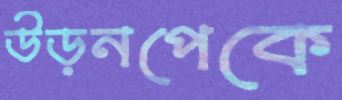
উড়নপেকে